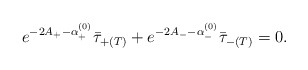
\begin{align*}e^{-2A_+-\alpha^{(0)}_+}\bar{\tau}_{+(T)} + e^{-2A_--\alpha^{(0)}_-}\bar{\tau}_{-(T)} = 0. \end{align*}